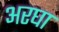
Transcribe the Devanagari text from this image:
अरघा